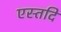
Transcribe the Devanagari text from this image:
एस्तदि